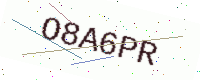
Text: O8A6PR